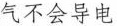
气不会导电